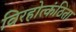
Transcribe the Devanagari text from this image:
विरहोत्कंठिता